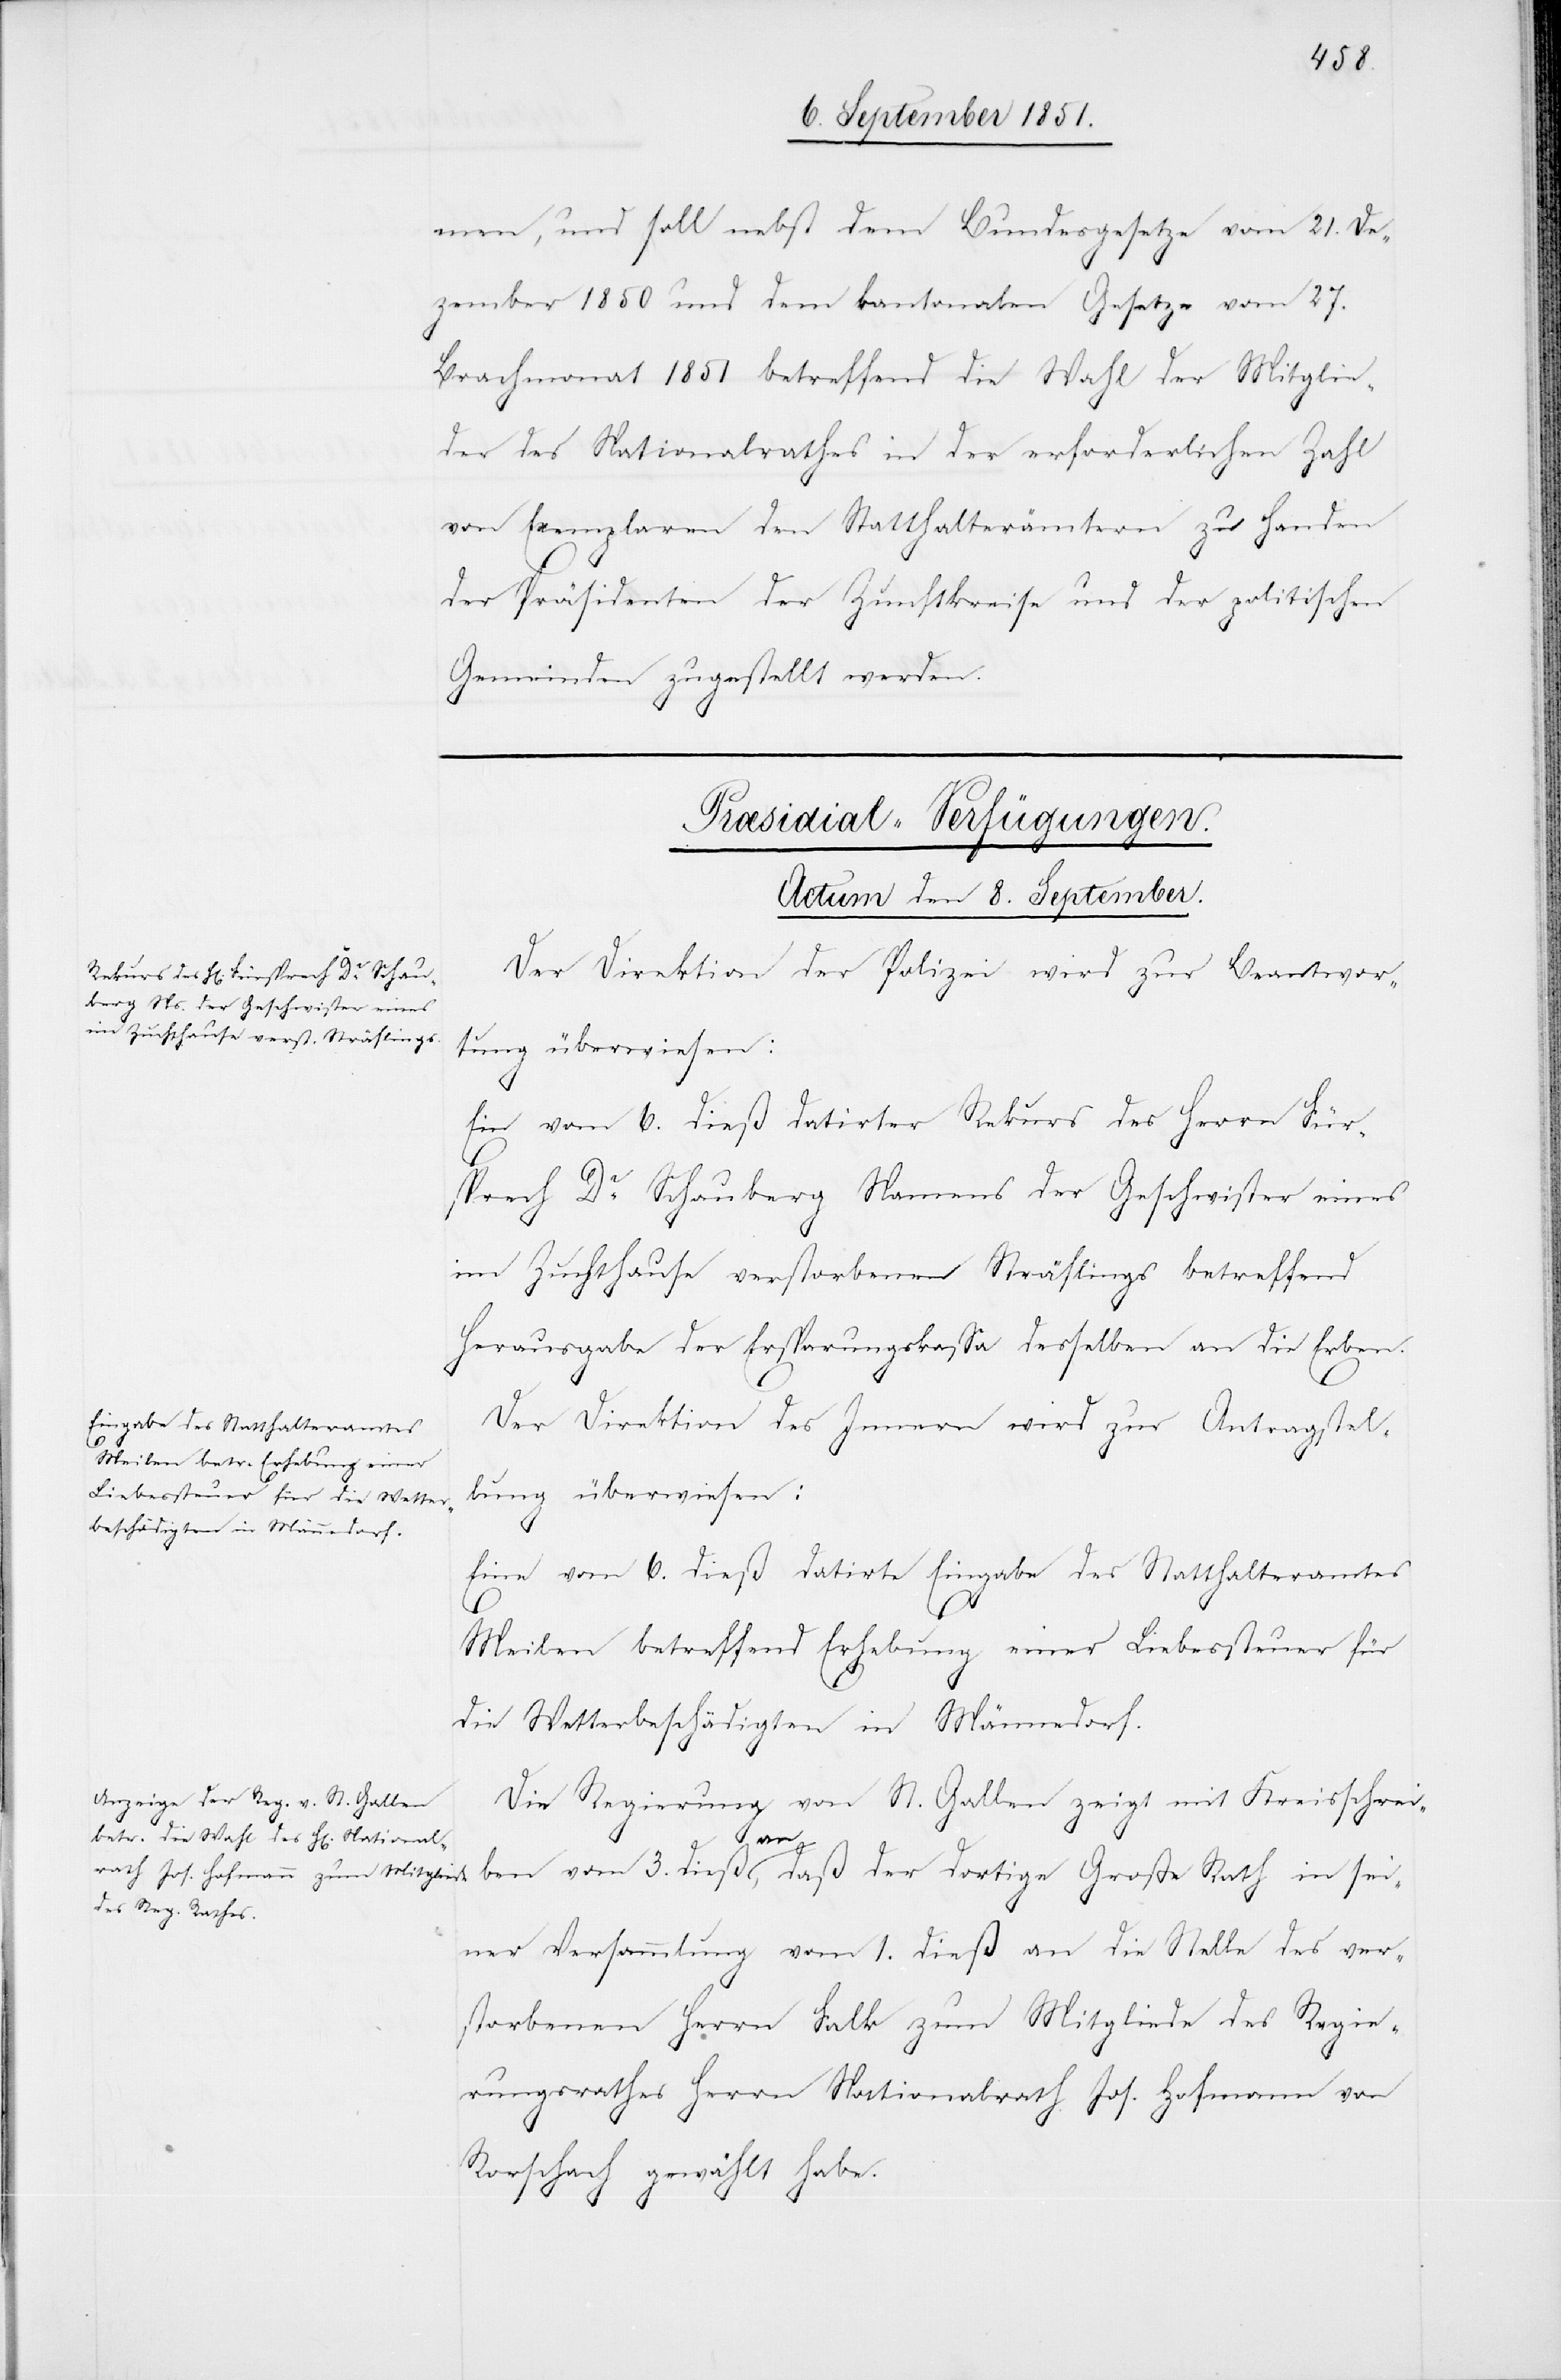
men, und soll nebst dem Bundesgesetze vom 21. De¬
zember 1850 und dem kantonalen Gesetze vom 27.
Brachmonat 1851 betreffend die Wahl der Mitglie¬
der des Nationalrathes in der erforderlichen Zahl
von Exemplaren den Statthalterämtern zu Handen
der Präsidenten der Zunftkreise und der politischen
Gemeinden zugestellt werden.
[Præsidial-Verfügungen.
Actum den 8. September.]
Der Direktion der Polizei wird zur Beantwor¬
tung überwiesen:
Ein vom 6. dieß datirter Rekurs des Herrn Für¬
sprech Dr. Schauberg Namens der Geschwister eines
im Zuchthause verstorbenen Sträflings betreffend
Herausgabe der Ersparungskassa desselben an die Erben.
Der Direktion des Innern wird zur Antragstel¬
lung überwiesen:
Eine vom 6. dieß datirte Eingabe des Statthalteramtes
Meilen betreffend Erhebung einer Liebessteuer für
die Wetterbeschädigten in Männedorf.
Die Regierung von St. Gallen zeigt mit Kreisschrei¬
ben vom 3. dieß an, daß der dortige Große Rath in sei¬
ner Versammlung vom 1. dieß an die Stelle des ver¬
storbenen Herrn Falk zum Mitgliede des Regie¬
rungsrathes Herrn Nationalrath Jos. Hofmann von
Rorschach gewählt habe.